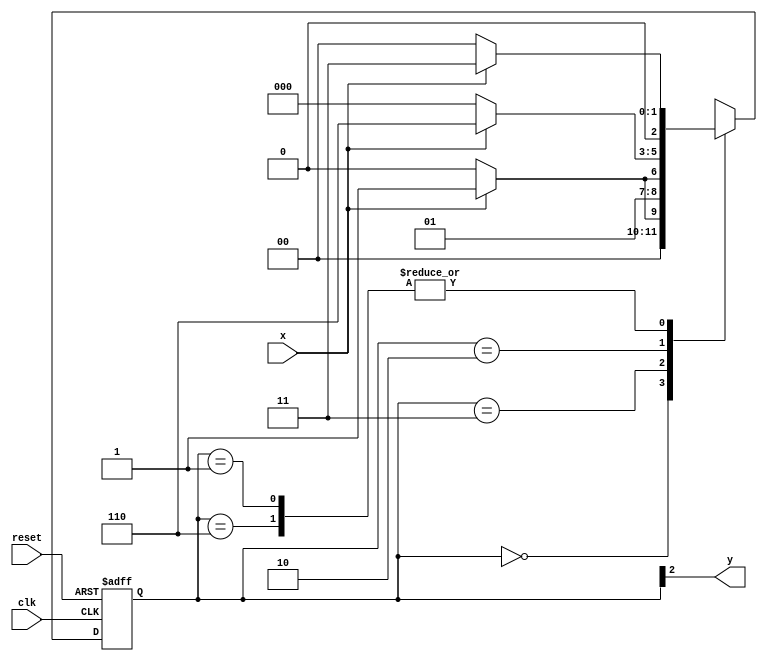
// -------------- 
// --- Moore FSM 
// --- Felipe Ferreira Andrade do Carmo
// --- Exercicio 02
// -------------- 
 
/* 
                       Moore FSM Diagram
                                _________________________
                               /                         \
            1          1      v    0            1      1 |   //found
   [start] ---> [id1] ---> [id11] ---> [id110] ---> [id1101] 
     ^  \0      0|         1/  ^         0 |          0|
      \_/       /           \__/           |           |
       \_______/                          /            |
        \                                /             /
         \______________________________/             /
          \                                          /
           \________________________________________/

*/ 
 
// constant definition 
`define found    1 
`define notfound 0 
 
// FSM by Moore 
module  moore1101 ( y, x, clk, reset ); 
 output y; 
 input   x; 
 input   clk; 
 input   reset; 
 
 reg      y; 
 
 parameter        // state identifiers 
   start     = 3'b000, 
   id1       = 3'b001, 
   id11     = 3'b011, 
   id110   = 3'b010, 
   id1101 = 3'b110;  //  signal found 
 
   reg [2:0] E1; // current state variables 
   reg [2:0] E2; // next state logic output 
 
 
 
// next state logic 
   always @( x or E1 ) 
    begin 
     case( E1 ) 
      start: 
        if ( x ) 
         E2 = id1; 
        else 
         E2 = start; 
      id1: 
        if ( x ) 
         E2 = id11; 
        else 
         E2 = start; 
      id11: 
        if ( x ) 
         E2 = id11; 
        else 
         E2 = id110; 
      id110: 
        if ( x ) 
         E2 = id1101; 
        else 
         E2 = start; 
      id1101: 
        if ( x ) 
         E2 = id11; 
        else 
         E2 = start; 
     default:   // undefined statee   
         E2 = 3'bxxx; 
     endcase 
    end // always at signal or state changing 
 
// state variables 
   always @( posedge clk or negedge reset ) 
    begin 
     if ( reset ) 
      E1 = E2;    // updates current state 
     else 
      E1 = 0;     // reset 
    end // always at signal changing 

// output logic 
   always @( E1 ) 
    begin 
     y = E1[2];   // first bit of state value 
    end // always at state changing 
 
endmodule // moore1101